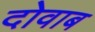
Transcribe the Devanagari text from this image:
दोवाब